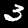
Digit: 3